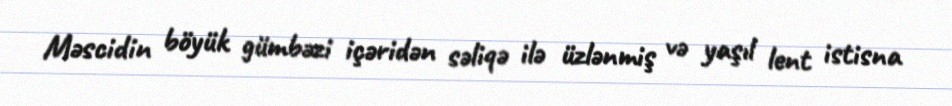
Məscidin böyük gümbəzi içəridən səliqə ilə üzlənmiş və yaşıl lent istisna